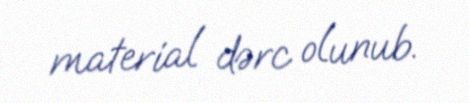
material dərc olunub.